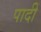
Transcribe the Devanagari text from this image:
पादीं